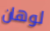
لوهان